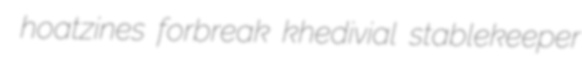
hoatzines forbreak khedivial stablekeeper